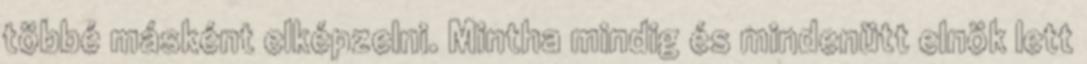
többé másként elképzelni. Mintha mindig és mindenütt elnök lett